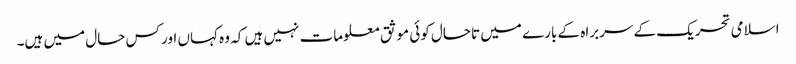
اسلامی تحریک کے سربراہ کے بارے میں تاحال کوئی موثق معلومات نہیں ہیں کہ وہ کہاں اور کس حال میں ہیں۔